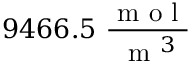
9 4 6 6 . 5 \ \frac { \mathrm { ~ m ~ o ~ l ~ } } { \mathrm { ~ m ~ } ^ { 3 } }